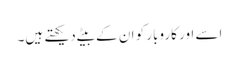
اسے اور کاروبار کو ان کے بیٹے دیکھتے ہیں۔